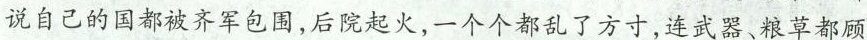
说自己的国都被齐军包围，后院起火，一个个都乱了方寸，连武器、粮草都顾